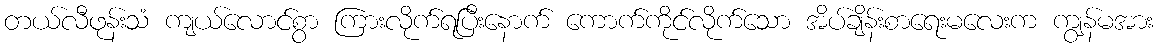
တယ်လီဖုန်းသံ ကျယ်လောင်စွာ ကြားလိုက်ရပြီးနောက် ကောက်ကိုင်လိုက်သော အိပ်ချိန်းစာရေးမလေးက ကျွန်မအား